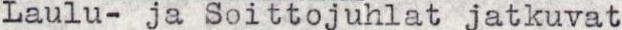
Laulu- ja Soittojuhlat jatkuvat